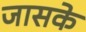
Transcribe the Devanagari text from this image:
जासके